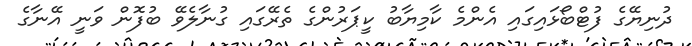
ދުނިޔޭގެ ފުޓްބޯޅައިގައި އެންމެ ކާމިޔާބު ކީޕަރުންގެ ތެރޭގައި ގުނާލެވޭ ބުފޮން ވަނީ އޭނާގެ